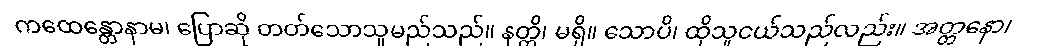
ကထေန္တောနာမ၊ ပြောဆို တတ်သောသူမည်သည်။ နတ္တိ၊ မရှိ။ သောပိ၊ ထိုသူငယ်သည်လည်း။ အတ္တနော၊